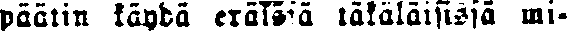
päätin käydä eräissä täkäläisissä mi-